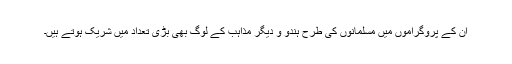
ان کے پروگراموں میں مسلمانوں کی طرح ہندو و دیگر مذاہب کے لوگ بھی بڑی تعداد میں شریک ہوتے ہیں۔